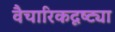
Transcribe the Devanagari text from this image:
वैचारिकदृष्‍ट्या